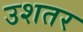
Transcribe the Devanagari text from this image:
उशतर